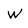
Character: w